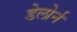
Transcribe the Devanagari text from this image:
डेलोर्न